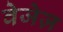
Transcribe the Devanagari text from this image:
वेजेज़